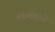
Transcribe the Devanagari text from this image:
नवानगराचे